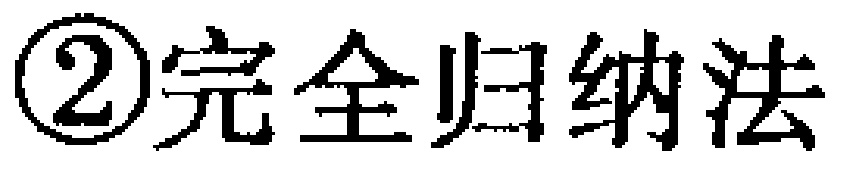
\textcircled{2}完全归纳法